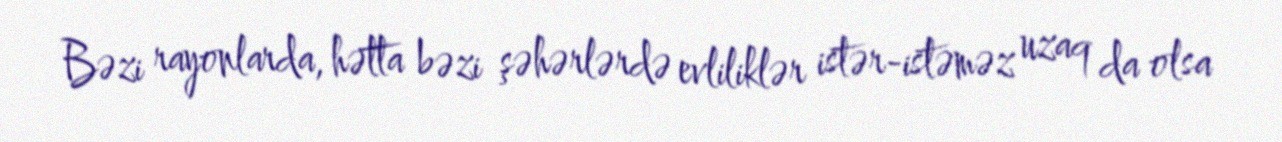
Bəzi rayonlarda, hətta bəzi şəhərlərdə evliliklər istər-istəməz uzaq da olsa